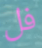
فل